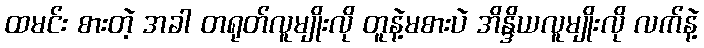
ထမင်း စားတဲ့ အခါ တရုတ်လူမျိုးလို တူနဲ့မစားပဲ အိန္ဒိယလူမျိုးလို လက်နဲ့